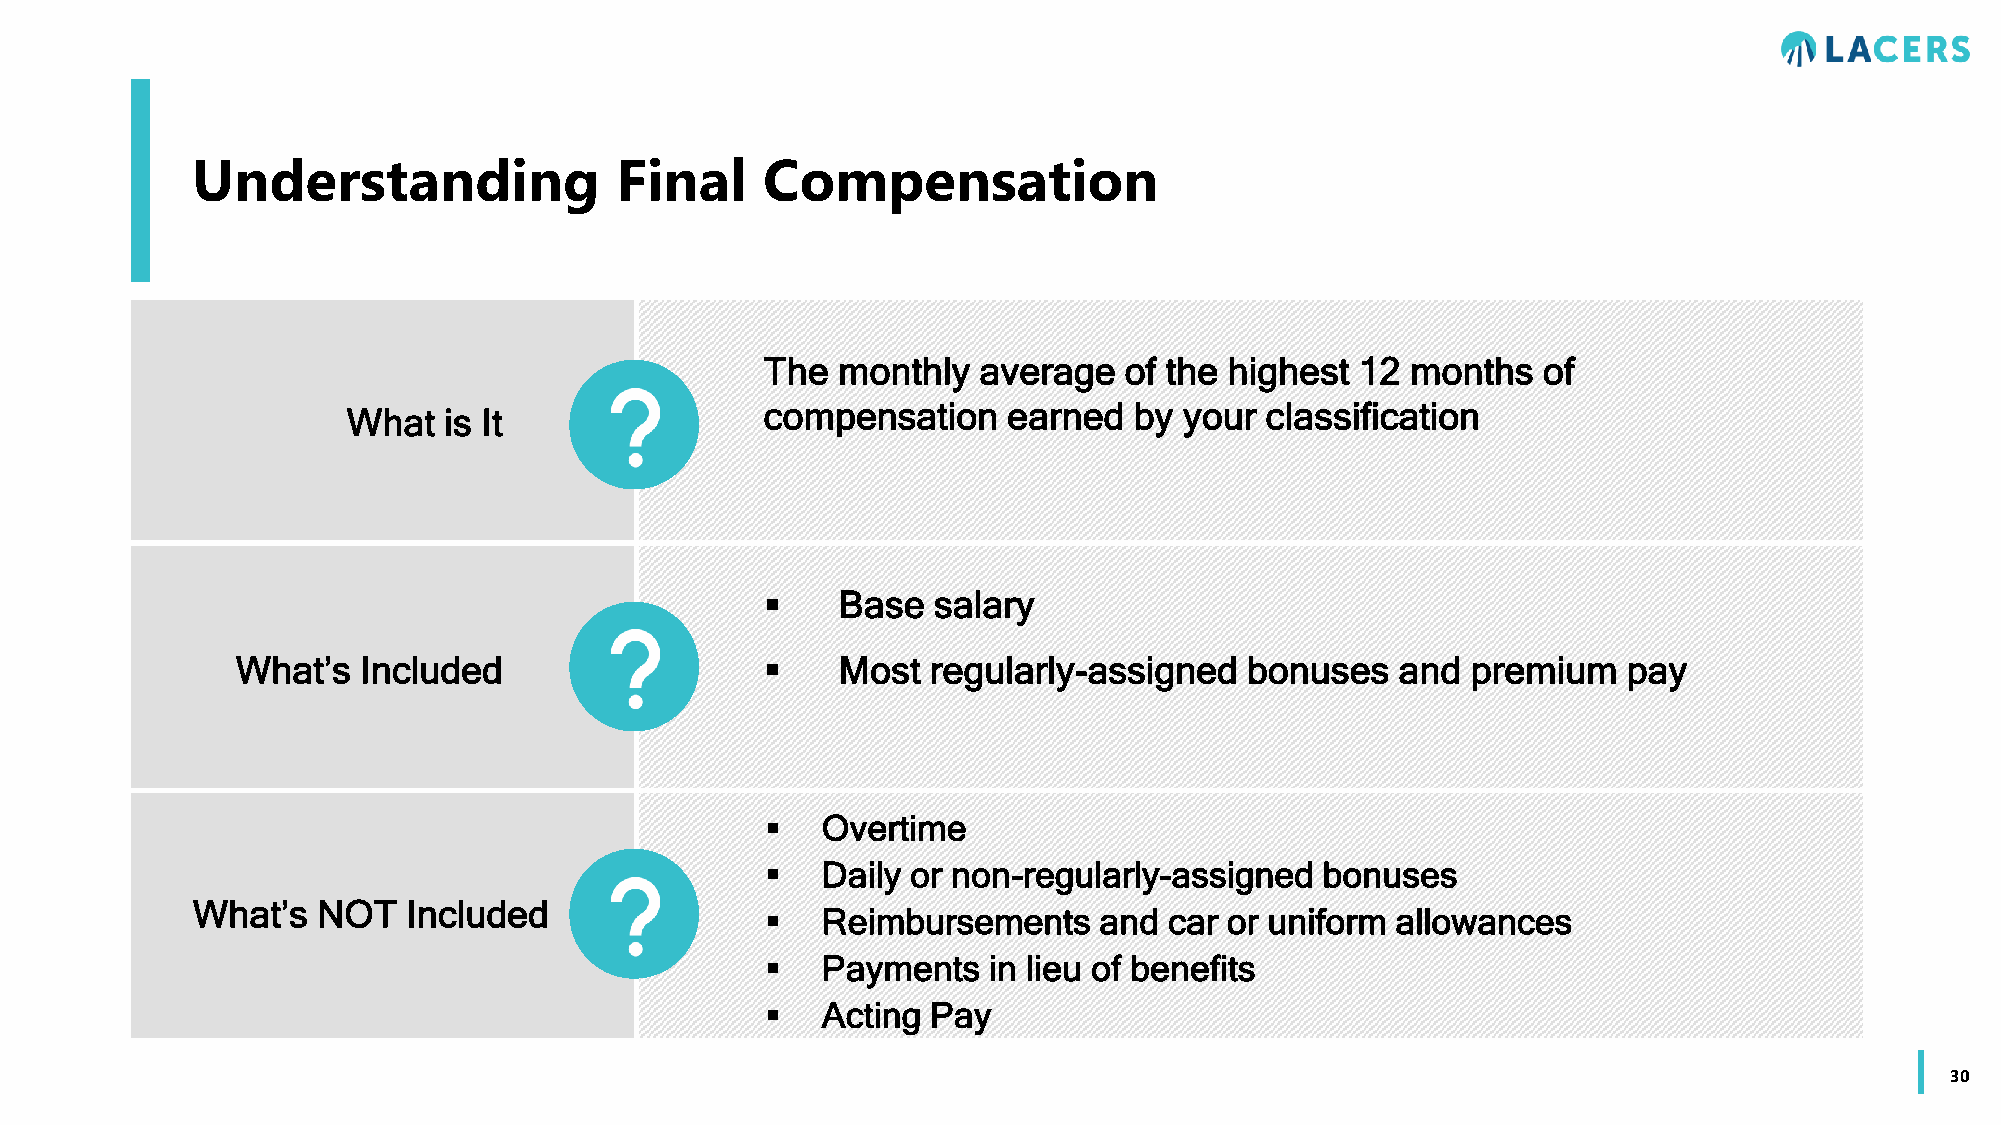
Understanding               Final    Compensation
 The monthly   average  of the highest  12 months   of
 compensation    earned  by your  classification
 What  is It
    Base   salary
 What’s  Included                      Most   regularly-assigned   bonuses   and premium    pay
   Overtime
   Daily or non-regularly-assigned   bonuses
 What’s  NOT   Included
   Reimbursements     and car or uniform allowances
   Payments   in lieu of benefits
   Acting  Pay
 30